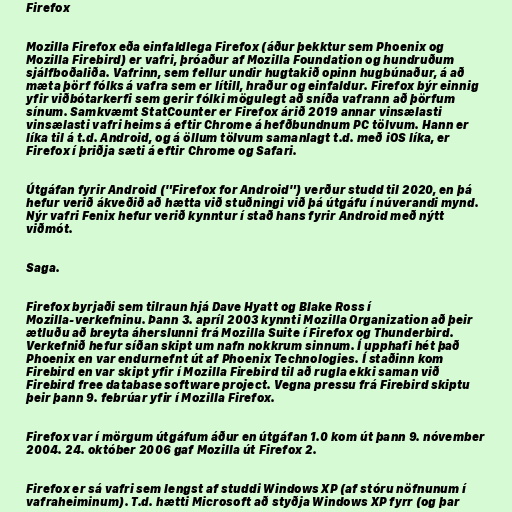
Firefox

Mozilla Firefox eða einfaldlega Firefox (áður þekktur sem Phoenix og
Mozilla Firebird) er vafri, þróaður af Mozilla Foundation og hundruðum
sjálfboðaliða. Vafrinn, sem fellur undir hugtakið opinn hugbúnaður, á að
mæta þörf fólks á vafra sem er lítill, hraður og einfaldur. Firefox býr einnig
yfir viðbótarkerfi sem gerir fólki mögulegt að sníða vafrann að þörfum
sínum. Samkvæmt StatCounter er Firefox árið 2019 annar vinsælasti
vinsælasti vafri heims á eftir Chrome á hefðbundnum PC tölvum. Hann er
líka til á t.d. Android, og á öllum tölvum samanlagt t.d. með iOS líka, er
Firefox í þriðja sæti á eftir Chrome og Safari.

Útgáfan fyrir Android ("Firefox for Android") verður studd til 2020, en þá
hefur verið ákveðið að hætta við stuðningi við þá útgáfu í núverandi mynd.
Nýr vafri Fenix hefur verið kynntur í stað hans fyrir Android með nýtt
viðmót.

Saga.

Firefox byrjaði sem tilraun hjá Dave Hyatt og Blake Ross í
Mozilla-verkefninu. Þann 3. apríl 2003 kynnti Mozilla Organization að þeir
ætluðu að breyta áherslunni frá Mozilla Suite í Firefox og Thunderbird.
Verkefnið hefur síðan skipt um nafn nokkrum sinnum. Í upphafi hét það
Phoenix en var endurnefnt út af Phoenix Technologies. Í staðinn kom
Firebird en var skipt yfir í Mozilla Firebird til að rugla ekki saman við
Firebird free database software project. Vegna pressu frá Firebird skiptu
þeir þann 9. febrúar yfir í Mozilla Firefox.

Firefox var í mörgum útgáfum áður en útgáfan 1.0 kom út þann 9. nóvember
2004. 24. október 2006 gaf Mozilla út Firefox 2.

Firefox er sá vafri sem lengst af studdi Windows XP (af stóru nöfnunum í
vafraheiminum). T.d. hætti Microsoft að styðja Windows XP fyrr (og þar